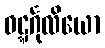
ဝဋ္ဋင်္ဂုလိယော